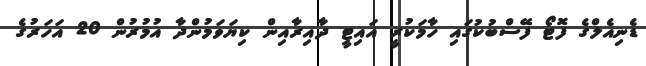
ޑެނިއެލްގެ ފޮޓޯ ފޭސްބުކުގައި ހާމަކުރީ އައިޓީ ދާއިރާއިން ކިޔަވަމުންދާ އުމުރުން 20 އަހަރުގެ